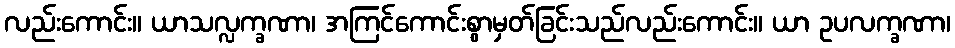
လည်းကောင်း။ ယာသလ္လက္ခဏာ၊ အကြင်ကောင်းစွာမှတ်ခြင်းသည်လည်းကောင်း။ ယာ ဥပလက္ခဏာ၊